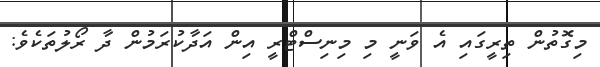
މިގޮތުން ތިރީގައި އެ ވަނީ މި މިނިސްޓްރީ އިން އަދާކުރަމުން ދާ ރޯލުތަކެވެ: